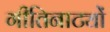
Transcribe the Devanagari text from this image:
गीतिनाट्यों